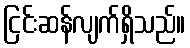
ငြင်းဆန်လျက်ရှိသည်။